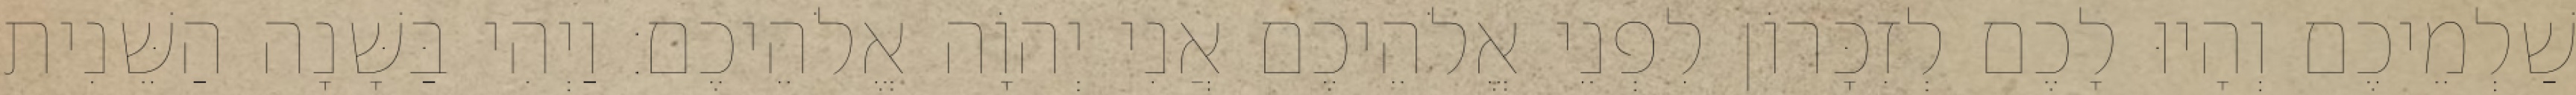
שַׁלְמֵיכֶם וְהָיוּ לָכֶם לְזִכָּרוֹן לִפְנֵי אֱלֹהֵיכֶם אֲנִי יְהוָֹה אֱלֹהֵיכֶם׃ וַיְהִי בַּשָּׁנָה הַשֵּׁנִית